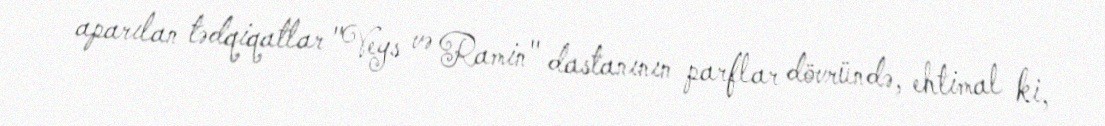
aparılan tədqiqatlar "Veys və Ramin" dastanının parflar dövründə, ehtimal ki,